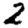
Digit: 2